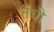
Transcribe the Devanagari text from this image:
तेंची